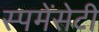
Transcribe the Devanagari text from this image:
स्पमेंसेटी